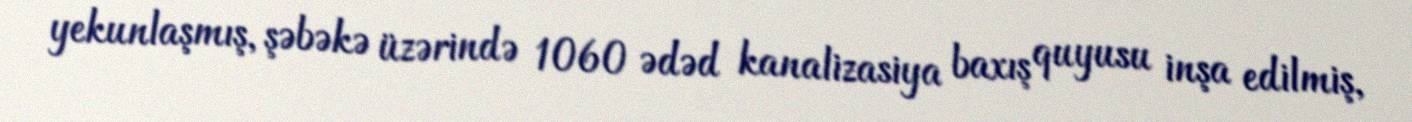
yekunlaşmış, şəbəkə üzərində 1060 ədəd kanalizasiya baxış quyusu inşa edilmiş,